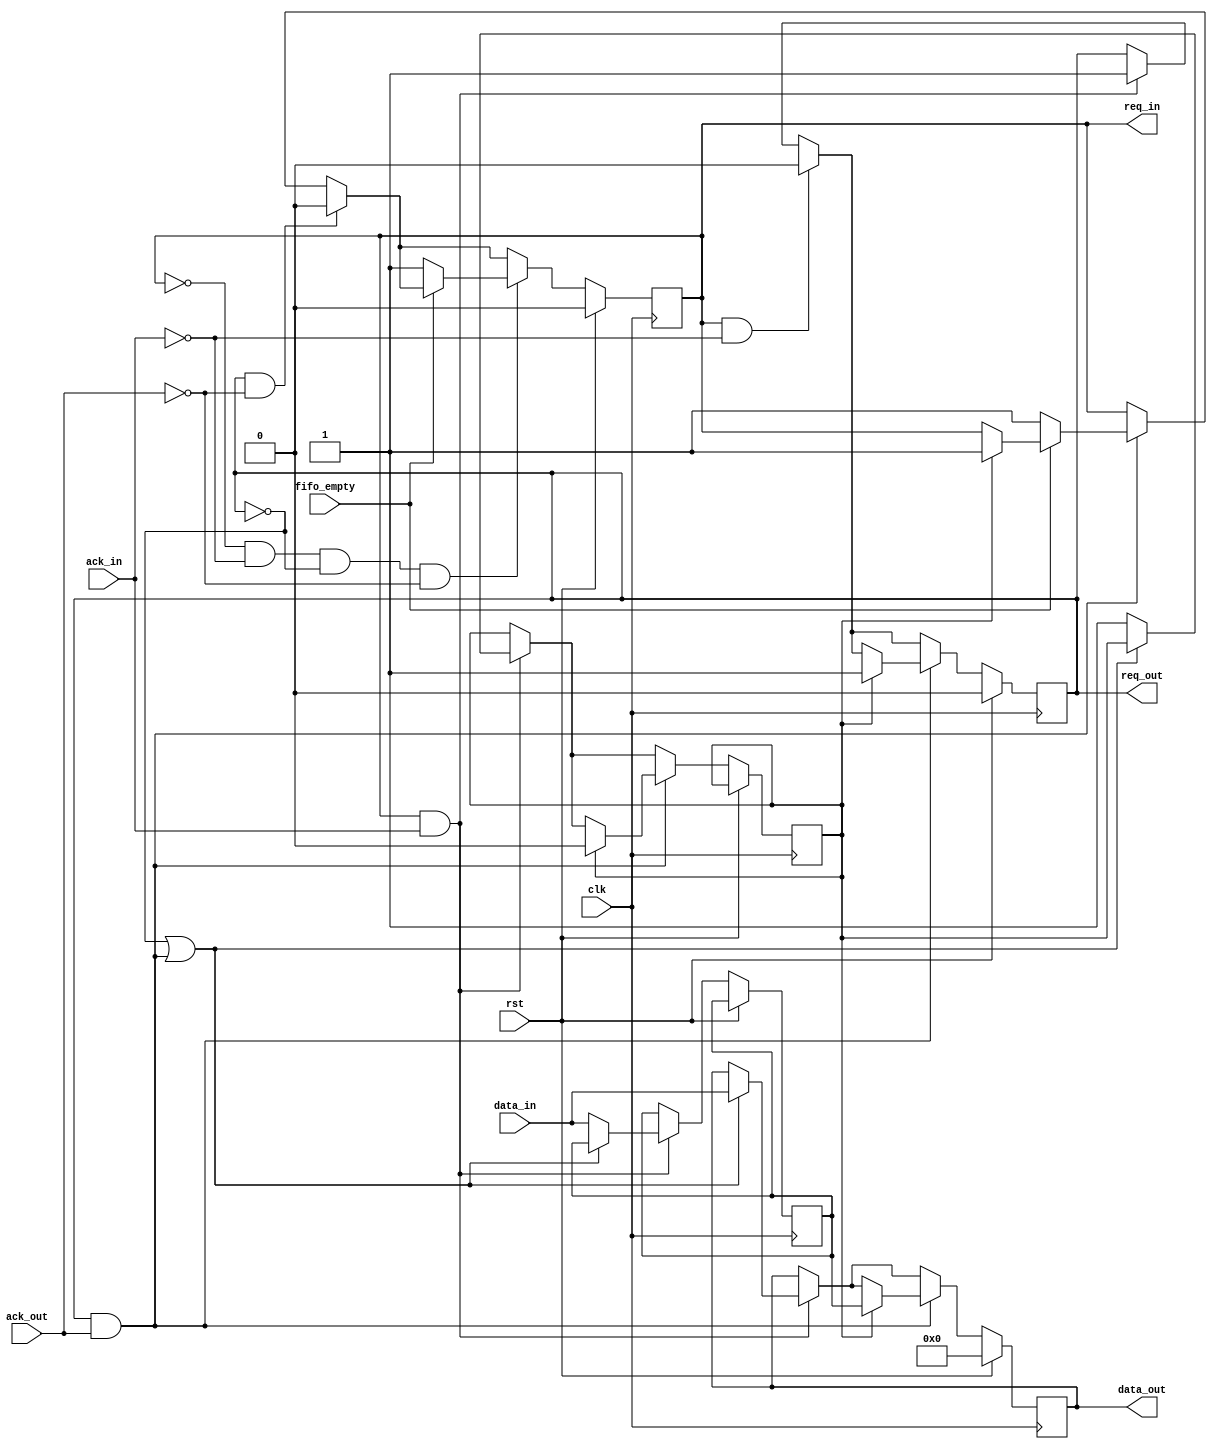
`timescale 1ns / 1ps

module fifo_reader #(
    parameter DWIDTH = 32)(
    input clk,
    input rst,
	 output req_in,
    input  ack_in,
    input [0 : DWIDTH-1] data_in,
	 input fifo_empty,
	 output req_out,
    input ack_out,
    output [0 : DWIDTH-1] data_out);
	
    // Output request register
    reg req_out_buf;
    assign req_out = req_out_buf;

    // Input request register
    reg req_in_buf;
    assign req_in = req_in_buf;
	 
    // Accumulator (assigned to output directly)
    reg signed [0:DWIDTH-1] data_out_reg, data_in_reg, temp_data;
    assign data_out = data_in_reg;
	 
	 reg data_ready, temp_flag;
	 
initial begin
    req_in_buf <= 0;
    req_out_buf <= 0;
    data_out_reg <= 0;
	 data_in_reg <= 0;
end
  
    always @(posedge clk) begin
        // Reset => initialize
        if (rst) begin
            req_in_buf <= 0;
            req_out_buf <= 0;
				data_in_reg <= 0;
            data_out_reg <= 0;				
				data_ready <= 0;
        end
        // !Reset => run
        else begin
		  
            // Read handshake complete
            if (req_in && ack_in) begin
					if( !req_out || (req_out && ack_out) ) begin
						data_in_reg <= data_in;	
					end
					else begin
						temp_data <= data_in;
						temp_flag <= 1;
					end
               					
					req_out_buf <= 1;
            end			 

				
			//Read handshake is pending then stop producing output
			if (req_in && !ack_in) begin              
					req_out_buf <= 0;
            end 
								
            // Write handshake complete
            if (req_out && ack_out) begin
					if( temp_flag ) begin
						temp_flag <= 0;
						data_in_reg <= temp_data;
						req_out_buf <= 1;
						req_in_buf <= 1;
					end
              if (fifo_empty == 0) begin
                req_in_buf <= 1;		
              end 
            end 

            //Write handshake is pending then stop acquiring output.
            if (req_out && !ack_out) begin        
					req_in_buf <= 0;
            end 			            			  
				
            // Idle state
            if (!req_in && !ack_in && !req_out && !ack_out) begin
              if (fifo_empty == 0) begin
                req_in_buf <= 1;		
              end			  
            end
				
        end
    end

endmodule